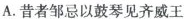
A.昔者邹忌以鼓琴见齐威王